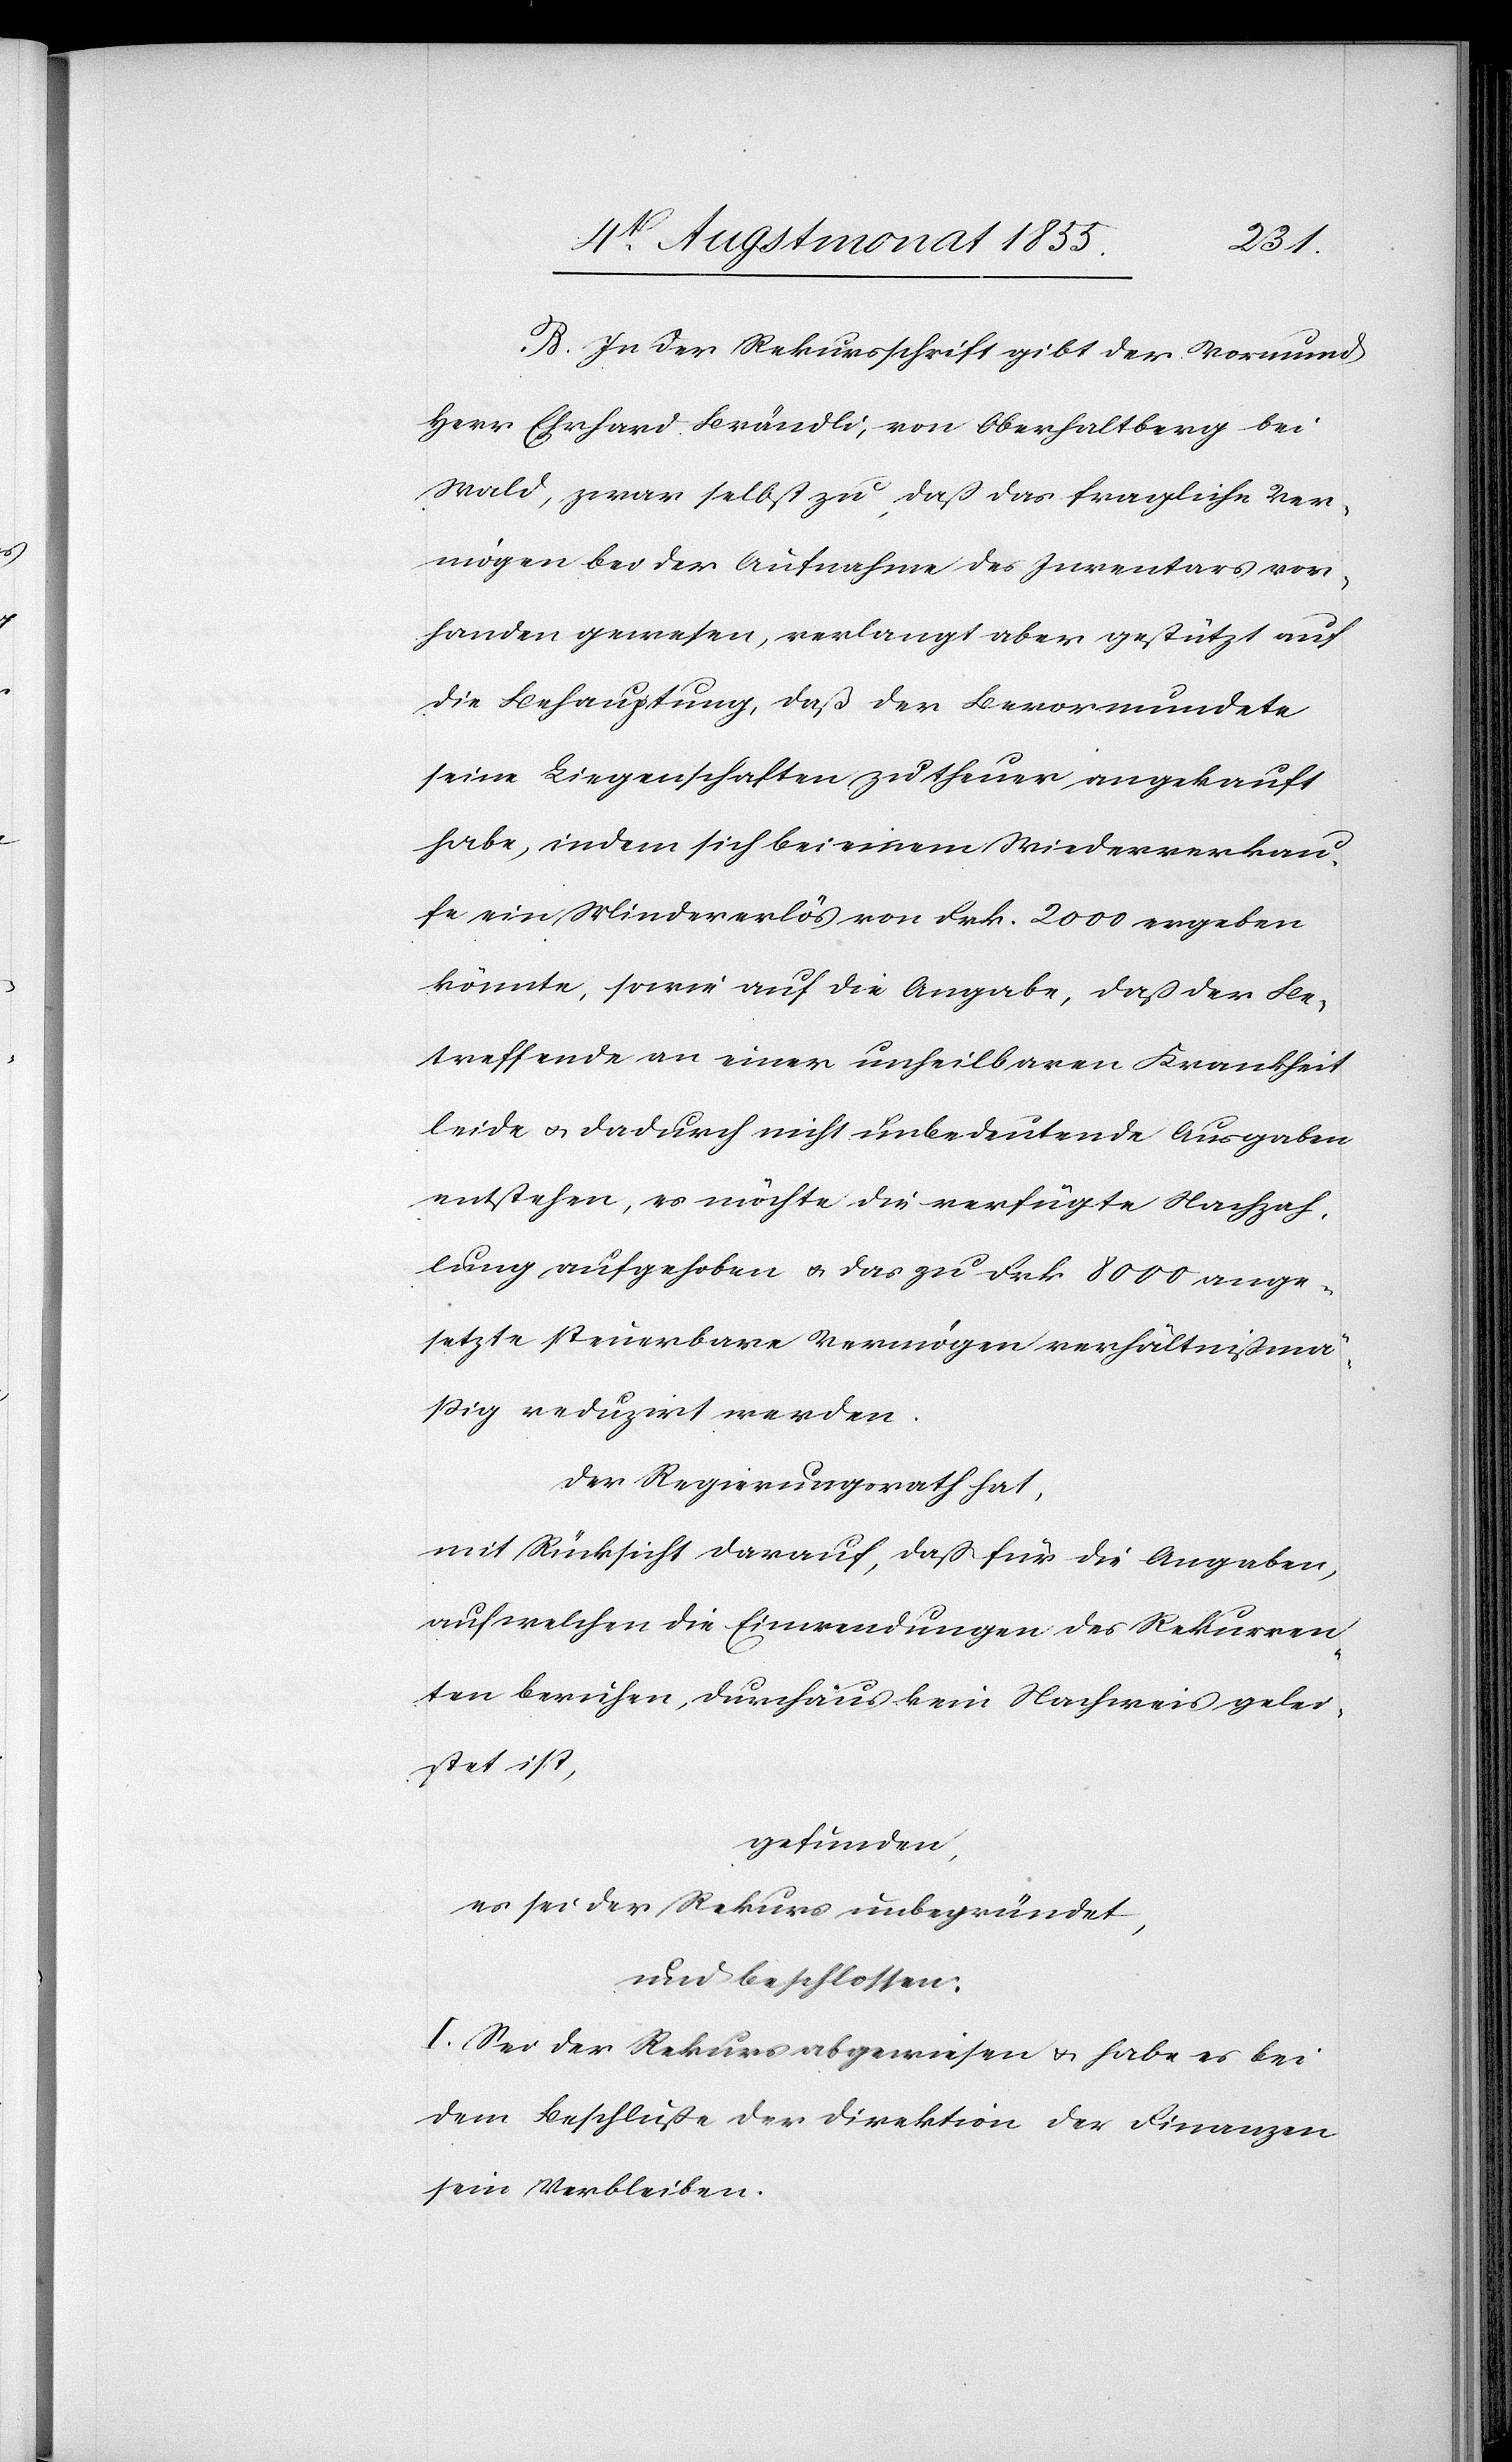
B. In der Rekursschrift gibt der Vormund
Herr Ehrhard Brändli, von Oberhaltberg bei
Wald, zwar selbst zu, daß das fragliche Ver¬
mögen bei der Aufnahme des Inventars vor¬
handen gewesen, verlangt aber gestützt auf
die Behauptung, daß der Bevormundete
seine Liegenschaften zu theuer angekauft
habe, indem sich bei einem Wiederverkau¬
fe ein Mindererlös von Frk. 2000 ergeben
könnte, sowie auf die Angabe, daß der Be¬
treffende an einer unheilbaren Krankheit
leide & dadurch nicht unbedeutende Ausgaben
entstehen, es möchte die verfügte Nachzah¬
lung aufgehoben & das zu Frk. 8000 ange¬
setzte steuerbare Vermögen verhältnißmä¬
ßig reduzirt werden.
Der Regierungsrath hat,
mit Rücksicht darauf, daß für die Angaben,
auf welchen die Einwendungen des Rekurren¬
ten beruhen, durchaus kein Nachweis gelei¬
stet ist,
gefunden,
es sei der Rekurs unbegründet,
und beschlossen:
I. Sei der Rekurs abgewiesen & habe es bei
dem Beschluße der Direktion der Finanzen
sein Verbleiben.